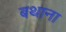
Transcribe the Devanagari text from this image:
बथाना